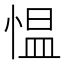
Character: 愠